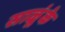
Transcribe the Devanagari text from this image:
साळूंके